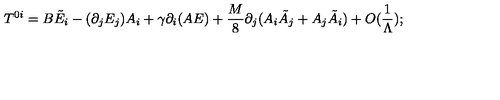
T ^ { 0 i } = B \tilde { E } _ { i } - ( \partial _ { j } E _ { j } ) A _ { i } + \gamma \partial _ { i } ( A E ) + \frac { M } { 8 } \partial _ { j } ( A _ { i } \tilde { A } _ { j } + A _ { j } \tilde { A } _ { i } ) + O ( \frac { 1 } { \Lambda } ) ;